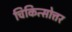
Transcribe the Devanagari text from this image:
चिकित्सोत्तर